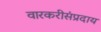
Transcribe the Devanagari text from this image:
वारकरीसंप्रदाय